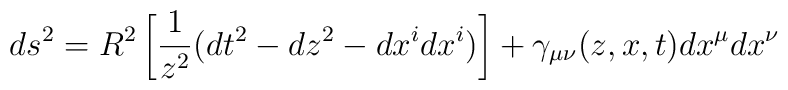
ds^2=R^2\left[{1\over z^2}(dt^2 - dz^2 - dx^i dx^i) \right]+ \gamma_{\mu \nu}(z,x,t)dx^{\mu}dx^{\nu}